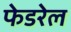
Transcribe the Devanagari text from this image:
फेडरेल